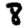
Digit: 8